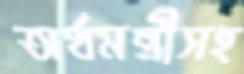
অর্থমন্ত্রীসহ